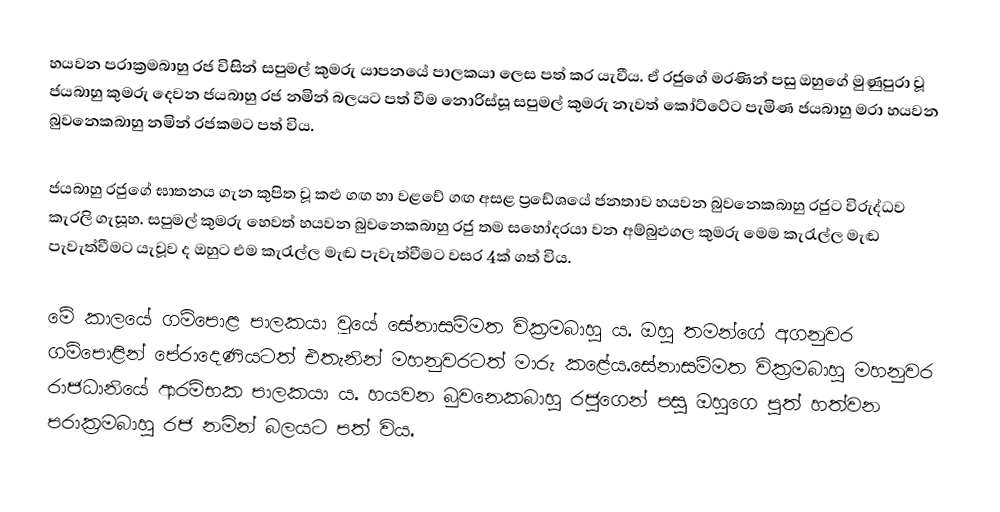
හයවන පරාක්‍රමබාහු රජ විසින් සපුමල් කුමරු යාපනයේ පාලකයා ලෙස පත් කර යැවීය. ඒ රජුගේ මරණින් පසු ඔහුගේ මුණුපුරා වූ ජයබාහු කුමරු දෙවන ජයබාහු රජ නමින් බලයට පත් වීම නොරිස්සූ සපුමල් කුමරු නැවත් කෝට්ටේට පැමිණ ජයබාහු මරා හයවන බුවනෙකබාහු නමින් රජකමට පත් විය.

ජයබාහු රජුගේ ඝාතනය ගැන කුපිත වූ කළු ගඟ හා වළවේ ගඟ අසළ ප්‍රඩේශයේ ජනතාව හයවන බුවනෙකබාහු රජුට විරුද්ධව කැරලි ගැසූහ. සපුමල් කුමරු හෙවත් හයවන බුවනෙකබාහු රජු තම සහෝදරයා වන අම්බුළුගල කුමරු මෙම කැරැල්ල මැඬ පැවැත්වීමට යැවූව ද ඔහුට එම කැරැල්ල මැඬ පැවැත්වීමට වසර 4ක් ගත් විය.

මේ කාලයේ ගම්පොළ පාලකයා වූයේ සේනාසම්මත වික්‍රමබාහු ය. ඔහු තමන්ගේ අගනුවර ගම්පොළින් පේරාදෙණියටත් එතැනින් මහනුවරටත් මාරු කළේය.සේනාසම්මත වික්‍රමබාහු මහනුවර රාජධානියේ ආරම්භක පාලකයා ය. හයවන බුවනෙකබාහු රජුගෙන් පසු ඔහුගෙ පුත් හත්වන පරාක්‍රමබාහු රජ නමින් බලයට පත් විය.